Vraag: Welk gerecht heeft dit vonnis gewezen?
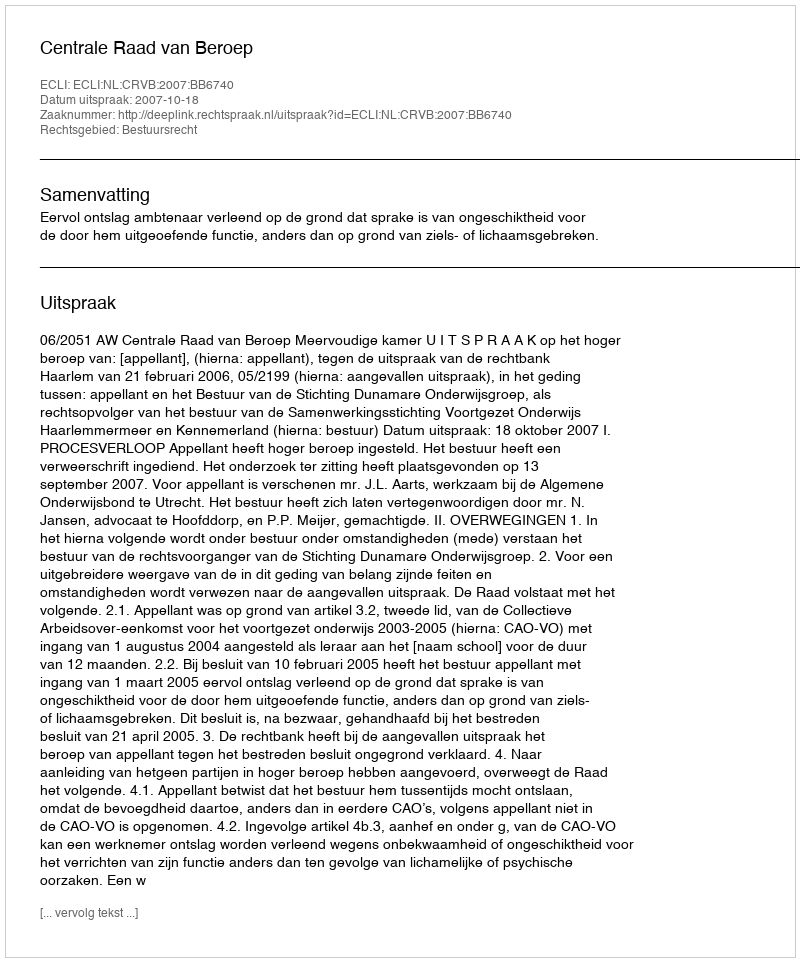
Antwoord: Centrale Raad van Beroep